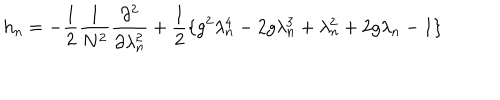
h _ { n } = - \frac { 1 } { 2 } \frac { 1 } { N ^ { 2 } } \frac { \partial ^ { 2 } } { \partial \lambda _ { n } ^ { 2 } } + \frac { 1 } { 2 } \{ g ^ { 2 } \lambda _ { n } ^ { 4 } - 2 g \lambda _ { n } ^ { 3 } + \lambda _ { n } ^ { 2 } + 2 g \lambda _ { n } - 1 \}